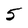
Character: 5